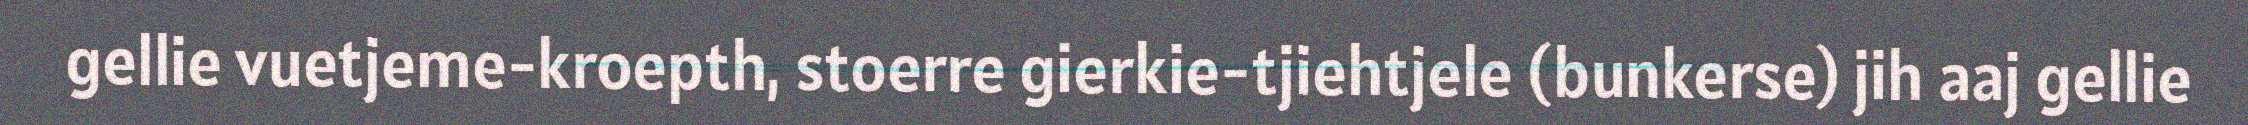
gellie vuetjeme-kroepth, stoerre gierkie-tjiehtjele (bunkerse) jih aaj gellie